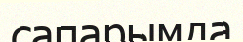
сапарымда